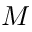
M